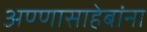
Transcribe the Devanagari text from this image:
अण्णासाहेबांना